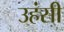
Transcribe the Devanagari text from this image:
उहंसी